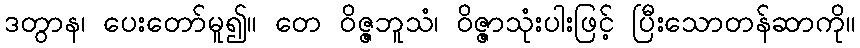
ဒတွာန၊ ပေးတော်မူ၍။ တေ ဝိဇ္ဇဘူသံ၊ ဝိဇ္ဇာသုံးပါးဖြင့် ပြီးသောတန်ဆာကို။